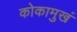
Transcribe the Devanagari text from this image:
कोकामुखं